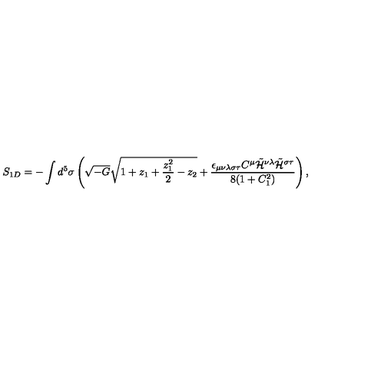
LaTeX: S _ { 1 D } = - \int d ^ { 5 } \sigma \left( \sqrt { - G } \sqrt { 1 + z _ { 1 } + \frac { z _ { 1 } ^ { 2 } } { 2 } - z _ { 2 } } + \frac { \epsilon _ { \mu \nu \lambda \sigma \tau } C ^ { \mu } \tilde { \cal H } ^ { \nu \lambda } \tilde { \cal H } ^ { \sigma \tau } } { 8 ( 1 + C _ { 1 } ^ { 2 } ) } \right) ,